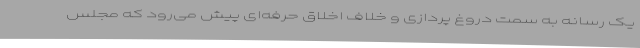
یک رسانه به سمت دروغ پردازی و خلاف اخلاق حرفه‌ای پیش می‌رود که مجلس